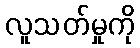
လူသတ်မှုကို